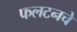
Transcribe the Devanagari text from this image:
फलटनचे